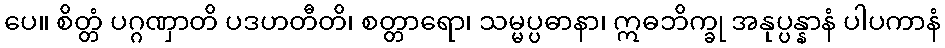
ပေ။ စိတ္တံ ပဂ္ဂဏှာတိ ပဒဟတီတိ၊ စတ္တာရော၊ သမ္မပ္ပဓာနာ၊ ဣဓဘိက္ခု အနုပ္ပန္နာနံ ပါပကာနံ